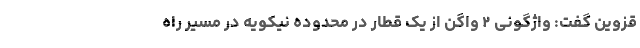
قزوین گفت: واژگونی ۲ واگن از یک قطار در محدوده نیکویه در مسیر راه